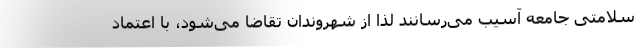
سلامتی جامعه آسیب می‌رسانند لذا از شهروندان تقاضا می‌شود، با اعتماد